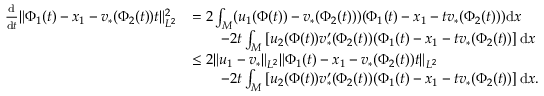
\begin{array} { r l } { \frac { \mathrm { d } } { \mathrm { d } t } \| \Phi _ { 1 } ( t ) - x _ { 1 } - v _ { * } ( \Phi _ { 2 } ( t ) ) t \| _ { L ^ { 2 } } ^ { 2 } } & { = 2 \int _ { M } ( u _ { 1 } ( \Phi ( t ) ) - v _ { * } ( \Phi _ { 2 } ( t ) ) ) ( \Phi _ { 1 } ( t ) - x _ { 1 } - t v _ { * } ( \Phi _ { 2 } ( t ) ) ) \mathrm { d } x } \\ & { \qquad - 2 t \int _ { M } \left[ u _ { 2 } ( \Phi ( t ) ) v _ { * } ^ { \prime } ( \Phi _ { 2 } ( t ) ) ( \Phi _ { 1 } ( t ) - x _ { 1 } - t v _ { * } ( \Phi _ { 2 } ( t ) ) \right] \mathrm { d } x } \\ & { \leq 2 \| u _ { 1 } - v _ { * } \| _ { L ^ { 2 } } \| \Phi _ { 1 } ( t ) - x _ { 1 } - v _ { * } ( \Phi _ { 2 } ( t ) ) t \| _ { L ^ { 2 } } } \\ & { \qquad - 2 t \int _ { M } \left[ u _ { 2 } ( \Phi ( t ) ) v _ { * } ^ { \prime } ( \Phi _ { 2 } ( t ) ) ( \Phi _ { 1 } ( t ) - x _ { 1 } - t v _ { * } ( \Phi _ { 2 } ( t ) ) \right] \mathrm { d } x . } \end{array}